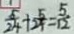
\frac { 5 } { 2 4 } + \frac { 5 } { 2 4 } = \frac { 5 } { 1 2 }